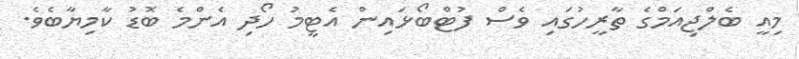
މިއީ ބެލްޖިއަމްގެ ތާރީހުގައި ވެސް ފުޓްބޯޅައިން އެޓީމު ހޯދި އެންމެ ބޮޑު ކާމިޔާބެވެ.